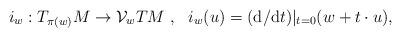
LaTeX: \begin{align*}i_w:T_{\pi(w)}M\rightarrow\mathcal{V}_w TM~,~~ i_w(u)=({\rm d}/{\rm d}t)|_{t=0}(w+t\cdot u),\end{align*}